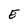
Character: E